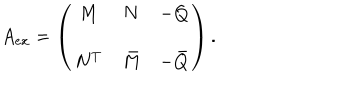
LaTeX: A _ { e x } = \left( \begin{array} { c c c } { { M } } & { { N } } & { { - Q } } \\ { { N ^ { T } } } & { { \bar { M } } } & { { - \bar { Q } } } \\ \end{array} \right) .